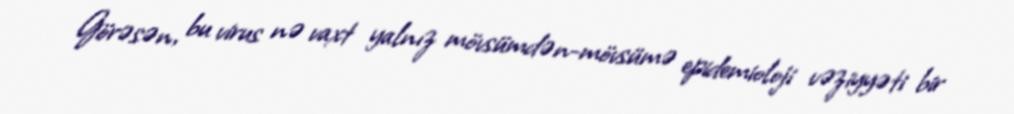
Görəsən, bu virus nə vaxt yalnız mövsümdən-mövsümə epidemioloji vəziyyəti bir